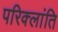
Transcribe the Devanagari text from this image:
परिक्लांति